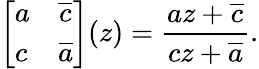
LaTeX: \left[\begin{array}{ll}{a}&{\overline{{c}}}\\ {c}&{\overline{{a}}}\end{array}\right](z)=\frac{az+\overline{{c}}}{cz+\overline{{a}}}.